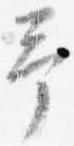
予